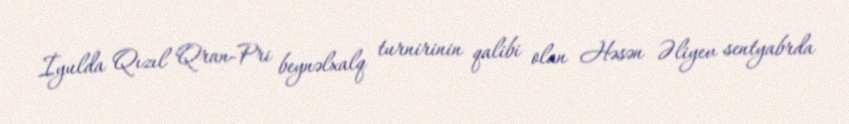
İyulda Qızıl Qran-Pri beynəlxalq turnirinin qalibi olan Həsən Əliyev sentyabrda